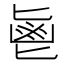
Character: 𱆊